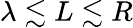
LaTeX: \lambda\lesssim L\lesssim R